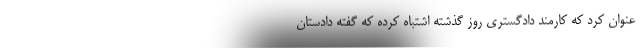
عنوان کرد که کارمند دادگستری روز گذشته اشتباه کرده که گفته دادستان